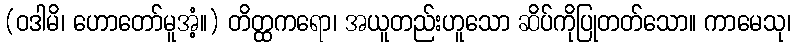
(ဝဒါမိ၊ ဟောတော်မူအံ့။) တိတ္ထကရော၊ အယူတည်းဟူသော ဆိပ်ကိုပြုတတ်သော။ ကာမေသု၊